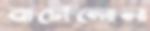
বার্সেলোনা